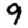
Digit: 9